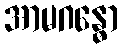
အာမဂန္ဓော